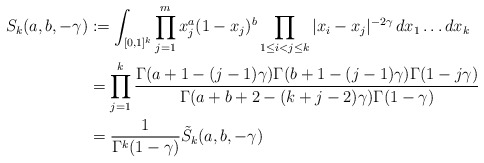
\begin{align*}S_{k}(a,b,-\gamma) &:= \int_{[0,1]^{k}}\prod_{j=1}^{m}x_{j}^{a}(1-x_{j})^{b}\prod_{1 \leq i < j \leq k}|x_{i}-x_{j}|^{-2\gamma}\,dx_{1}\ldots dx_{k}\\&= \prod_{j=1}^{k}\frac{\Gamma(a+1-(j-1)\gamma)\Gamma(b+1-(j-1)\gamma)\Gamma(1-j\gamma)}{\Gamma(a+b+2-(k+j-2)\gamma)\Gamma(1-\gamma)}\\&=\frac{1}{\Gamma^{k}(1-\gamma)}\tilde{S}_{k}(a,b,-\gamma)\end{align*}